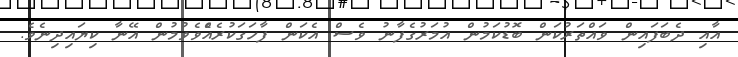
އާއި ދެބަފައިން ވައްތަރުކަން ބޮޑުކަމުން އުމަރުގެފާނު ވެސް އެކަން ފާހަގަކުރެއްެވެވުމުން އޭނާ ކިޔައިދިނެވެ.